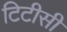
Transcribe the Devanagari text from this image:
टिटीसी